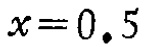
$x = 0.5$